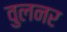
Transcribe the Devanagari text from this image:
वुलनर